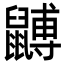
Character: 䶈